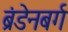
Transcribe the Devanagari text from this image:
ब्रंडेनबर्ग